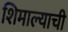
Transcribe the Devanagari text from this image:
शिमाल्याची